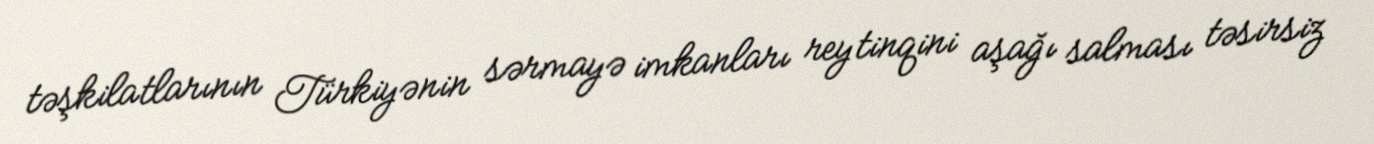
təşkilatlarının Türkiyənin sərmayə imkanları reytinqini aşağı salması təsirsiz